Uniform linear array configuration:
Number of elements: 32
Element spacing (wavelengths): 0.5
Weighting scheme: uniform
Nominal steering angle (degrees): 30
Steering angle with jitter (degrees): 31.51
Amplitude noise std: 0.05
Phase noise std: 0.05

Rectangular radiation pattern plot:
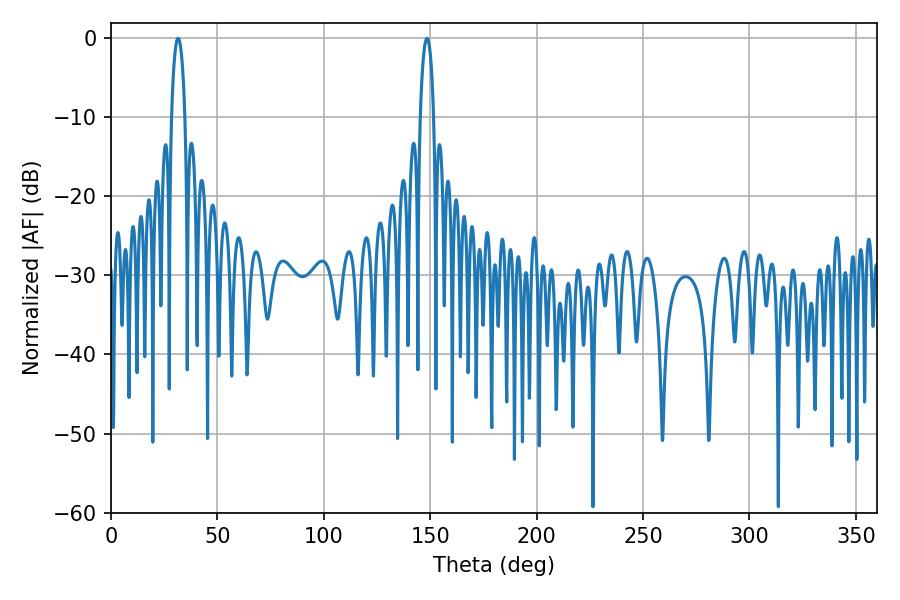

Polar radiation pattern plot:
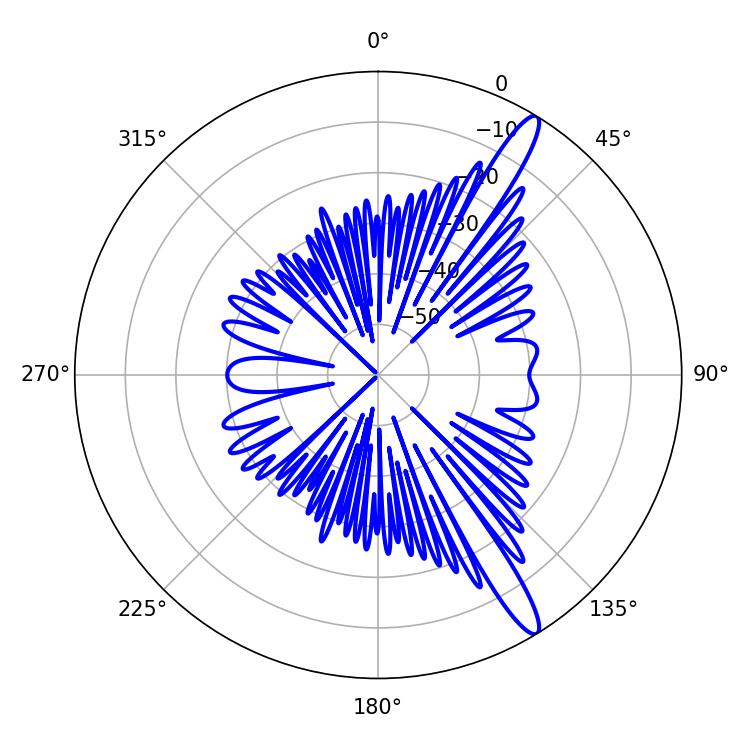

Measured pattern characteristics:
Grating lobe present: FALSE
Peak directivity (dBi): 14.224
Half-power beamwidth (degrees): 3.6
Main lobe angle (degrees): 31.5